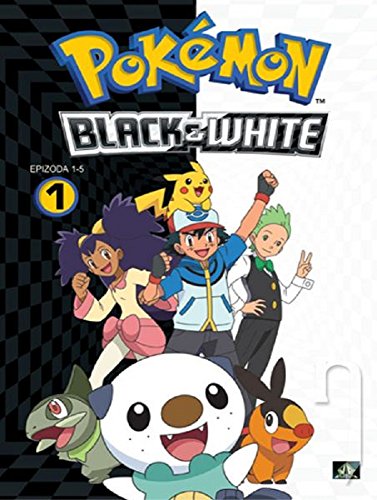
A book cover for The NEW (2015) Complete Guide to: Pokemon Black and White Game Cheats AND Guide Tips & Tricks, Strategy, Walkthrough, Secrets, Download the game, Codes, Gameplay and MORE!; Mogul Books; Computers & Technology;